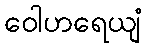
ဝေါဟရေယျံ